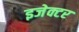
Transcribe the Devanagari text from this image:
इजेक्टर